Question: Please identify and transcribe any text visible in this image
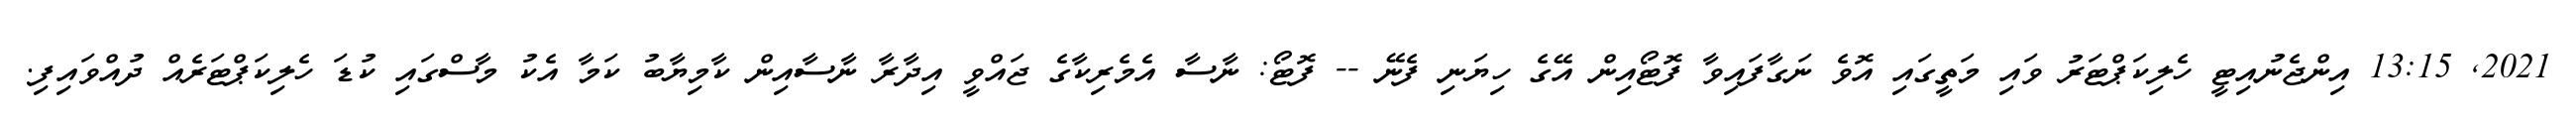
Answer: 2021, 13:15 އިންޖެނުއިޓީ ހެލިކަޕްޓަރު ވައި މަތީގައި އޮވެ ނަގާފައިވާ ފޮޓޯއިން އޭގެ ހިޔަނި ފެނޭ -- ފޮޓޯ: ނާސާ އެމެރިކާގެ ޖައްވީ އިދާރާ ނާސާއިން ކާމިޔާބު ކަމާ އެކު މާސްގައި ކުޑަ ހެލިކަޕްޓަރެއް ދުއްވައިފި.